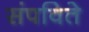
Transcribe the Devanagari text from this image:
संपविते